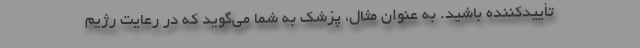
تأییدکننده باشید. به عنوان مثال، پزشک به شما می‌گوید که در رعایت رژیم